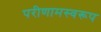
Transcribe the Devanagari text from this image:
परीणामस्वरूप